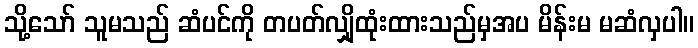
သို့သော် သူမသည် ဆံပင်ကို တပတ်လျှိုထုံးထားသည်မှအပ မိန်းမ မဆံလှပါ။